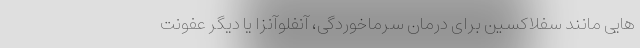
هایی مانند سفلاکسین برای درمان سرماخوردگی، آنفلوآنزا یا دیگر عفونت